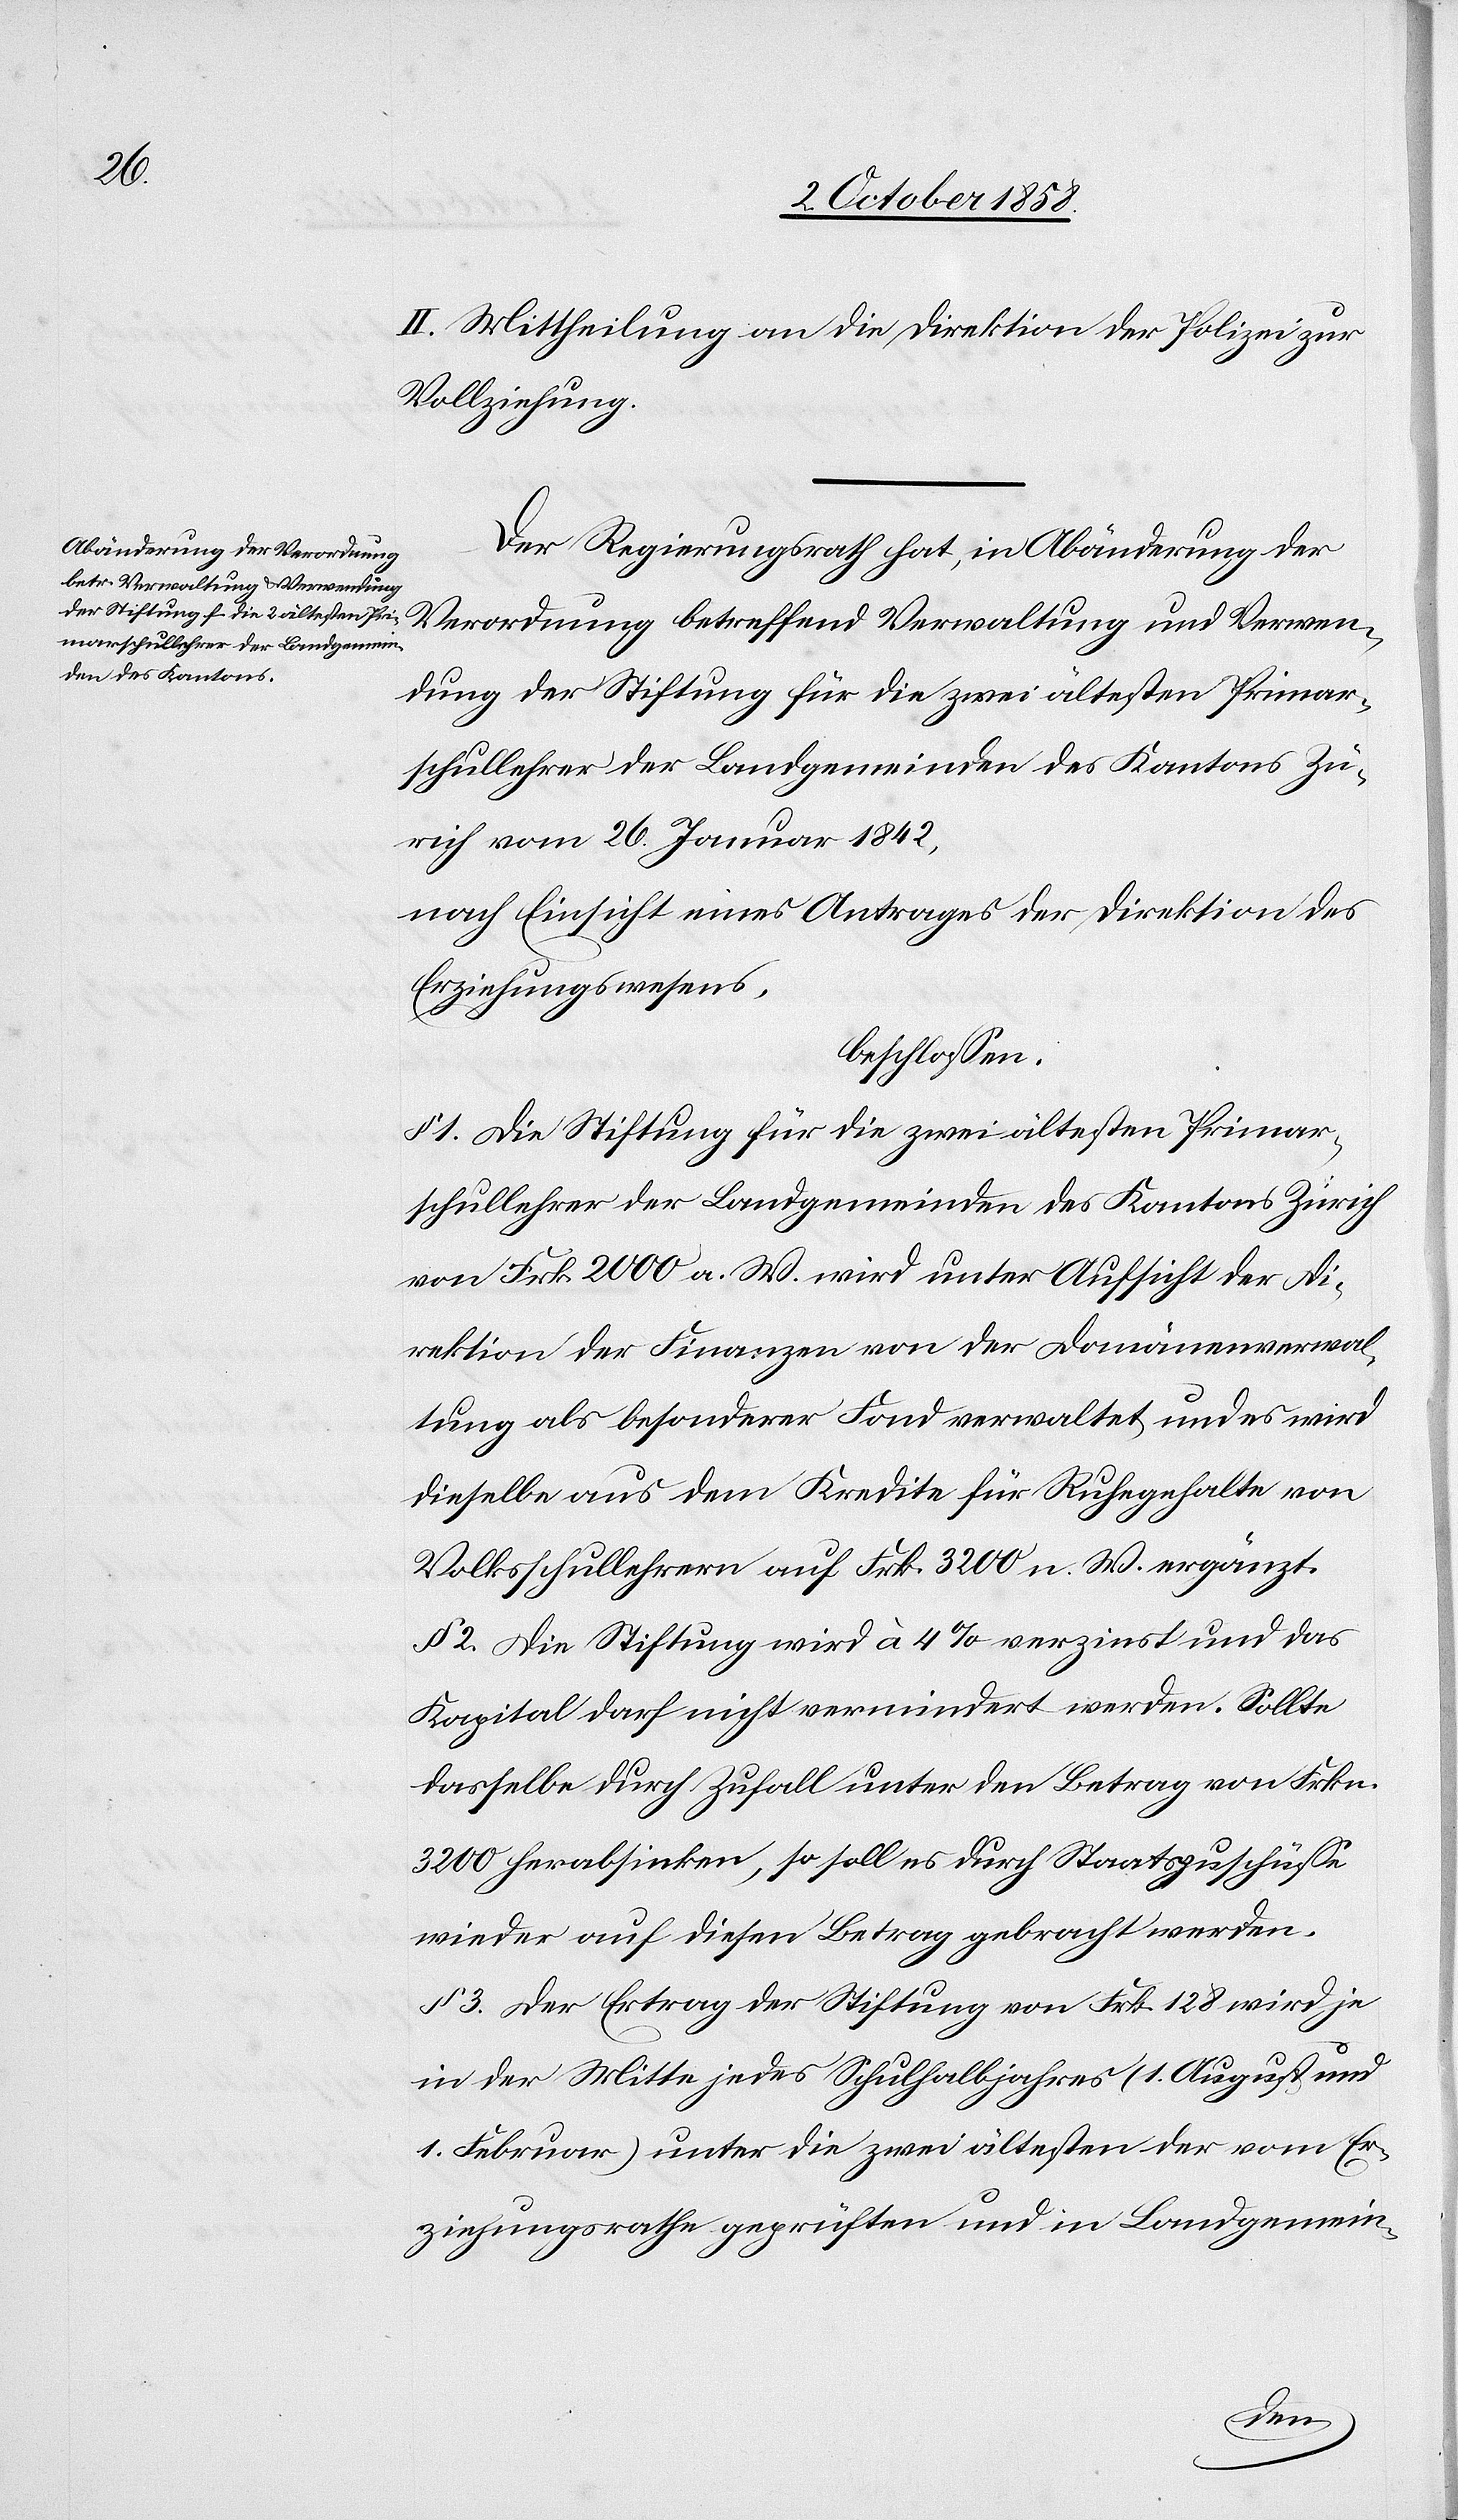
II. Mittheilung an die Direktion der Polizei zur
Vollziehung.
Der Regierungsrath hat, in Abänderung der
Verordnung betreffend Verwaltung und Verwen¬
dung der Stiftung für die zwei ältesten Primar¬
schullehrer der Landgemeinden des Kantons Zü¬
rich vom 26. Januar 1842,
nach Einsicht eines Antrages der Direktion des
Erziehungswesens,
beschlossen:
§ 1. Die Stiftung für die zwei ältesten Primar¬
schullehrer der Landgemeinden des Kantons Zürich
von Frk. 2000 a. W. wird unter Aufsicht der Di¬
rektion der Finanzen von der Domänenverwal¬
tung als besonderer Fond verwaltet und es wird
dieselbe aus dem Kredite für Ruhegehalte von
Volksschullehrern auf Frk. 3200 n. W. ergänzt.
§ 2. Die Stiftung wird à 4% verzinst und das
Kapital darf nicht vermindert werden. Sollte
dasselbe durch Zufall unter den Betrag von Frkn.
3200 herabsinken, so soll es durch Staatszuschüsse
wieder auf diesen Betrag gebracht werden.
§ 3. Der Ertrag der Stiftung von Frk. 128 wird je
in der Mitte jedes Schulhalbjahres (1. August und
1. Februar) unter die zwei ältesten der vom Er¬
ziehungsrathe geprüften und in Landgemein-